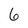
Character: 6